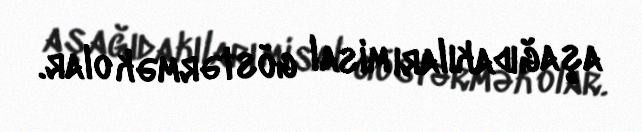
aşağıdakıları misal göstərmək olar.